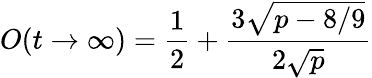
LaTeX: O(t\to\infty)=\frac{1}{2}+\frac{3\sqrt{p-8/9}}{2\sqrt{p}}